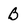
Character: B